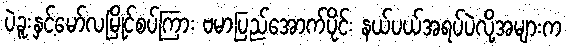
ပဲခူးနှင့်မော်လမြိုင်စပ်ကြား ဗမာပြည်အောက်ပိုင်း နယ်ပယ်အရပ်ပဲလို့အများက